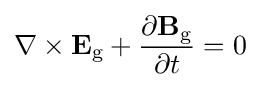
\nabla \times \mathbf {E} _{\text{g}}+{\frac {\partial \mathbf {B} _{\text{g}}}{\partial t}}=0